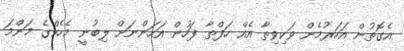
އެގޮތުން އަހަރުމެން ވަކިވިތާ އެއް ހަފްތާ ފަހުން އަހަންނަށް ލިބުނީ މެހެކްގެ މަންމަ